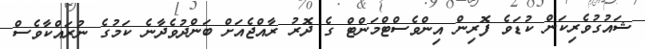
ޝައުގުވެރިކަން ކުޑަވެ ފޮރިން އިންވެސްޓްމަންޓް ގެ ދޮރު ރާއްޖެއަށް ބަންދުވެދާނެ ކަމުގެ ނުރައްކާވެސް